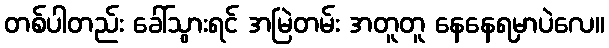
တစ်ပါတည်း ခေါ်သွားရင် အမြဲတမ်း အတူတူ နေနေရမှာပဲလေ။